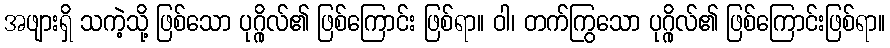
အဖျားရှိ သကဲ့သို့ ဖြစ်သော ပုဂ္ဂိုလ်၏ ဖြစ်ကြောင်း ဖြစ်ရာ။ ဝါ၊ တက်ကြွသော ပုဂ္ဂိုလ်၏ ဖြစ်ကြောင်းဖြစ်ရာ။